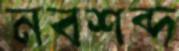
নবশব্দ